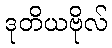
ဒုတိယဗိုလ်